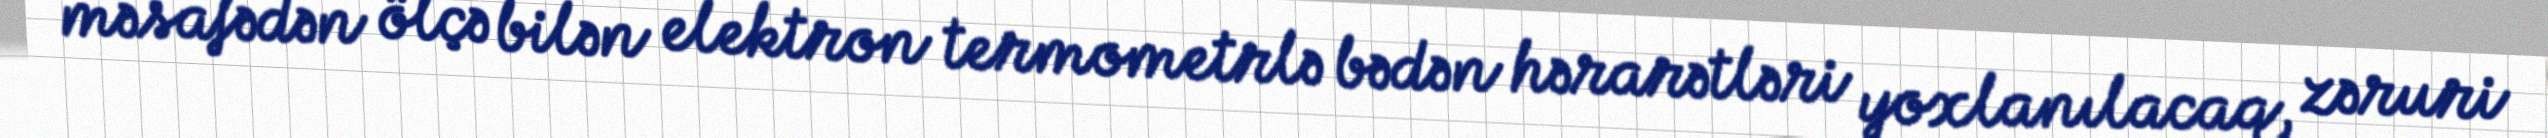
məsafədən ölçə bilən elektron termometrlə bədən hərarətləri yoxlanılacaq, zəruri